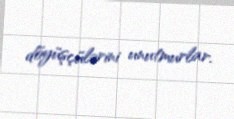
döyüşçülərini unutmurlar.